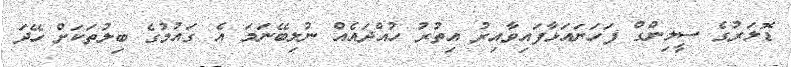
ޑޮލަރުގެ ސީލިންގް ފަހަނައަޅާފައިވާއިރު އިތުރު ހުއްދައެއް ނުލިބޭނަމަ އެ ގައުމުގެ ބިލުތަކަށް ހޭދަ